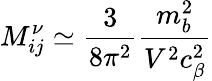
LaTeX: M_{ij}^{\nu}\simeq\frac{3}{8\pi^{2}}\frac{m_{b}^{2}}{V^{2}c_{\beta}^{2}}